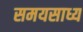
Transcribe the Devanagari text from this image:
समयसाध्य